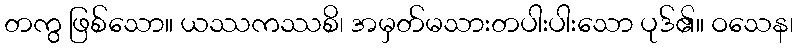
တကွ ဖြစ်သော။ ယဿကဿစိ၊ အမှတ်မသားတပါးပါးသော ပုဒ်၏။ ဝသေန၊